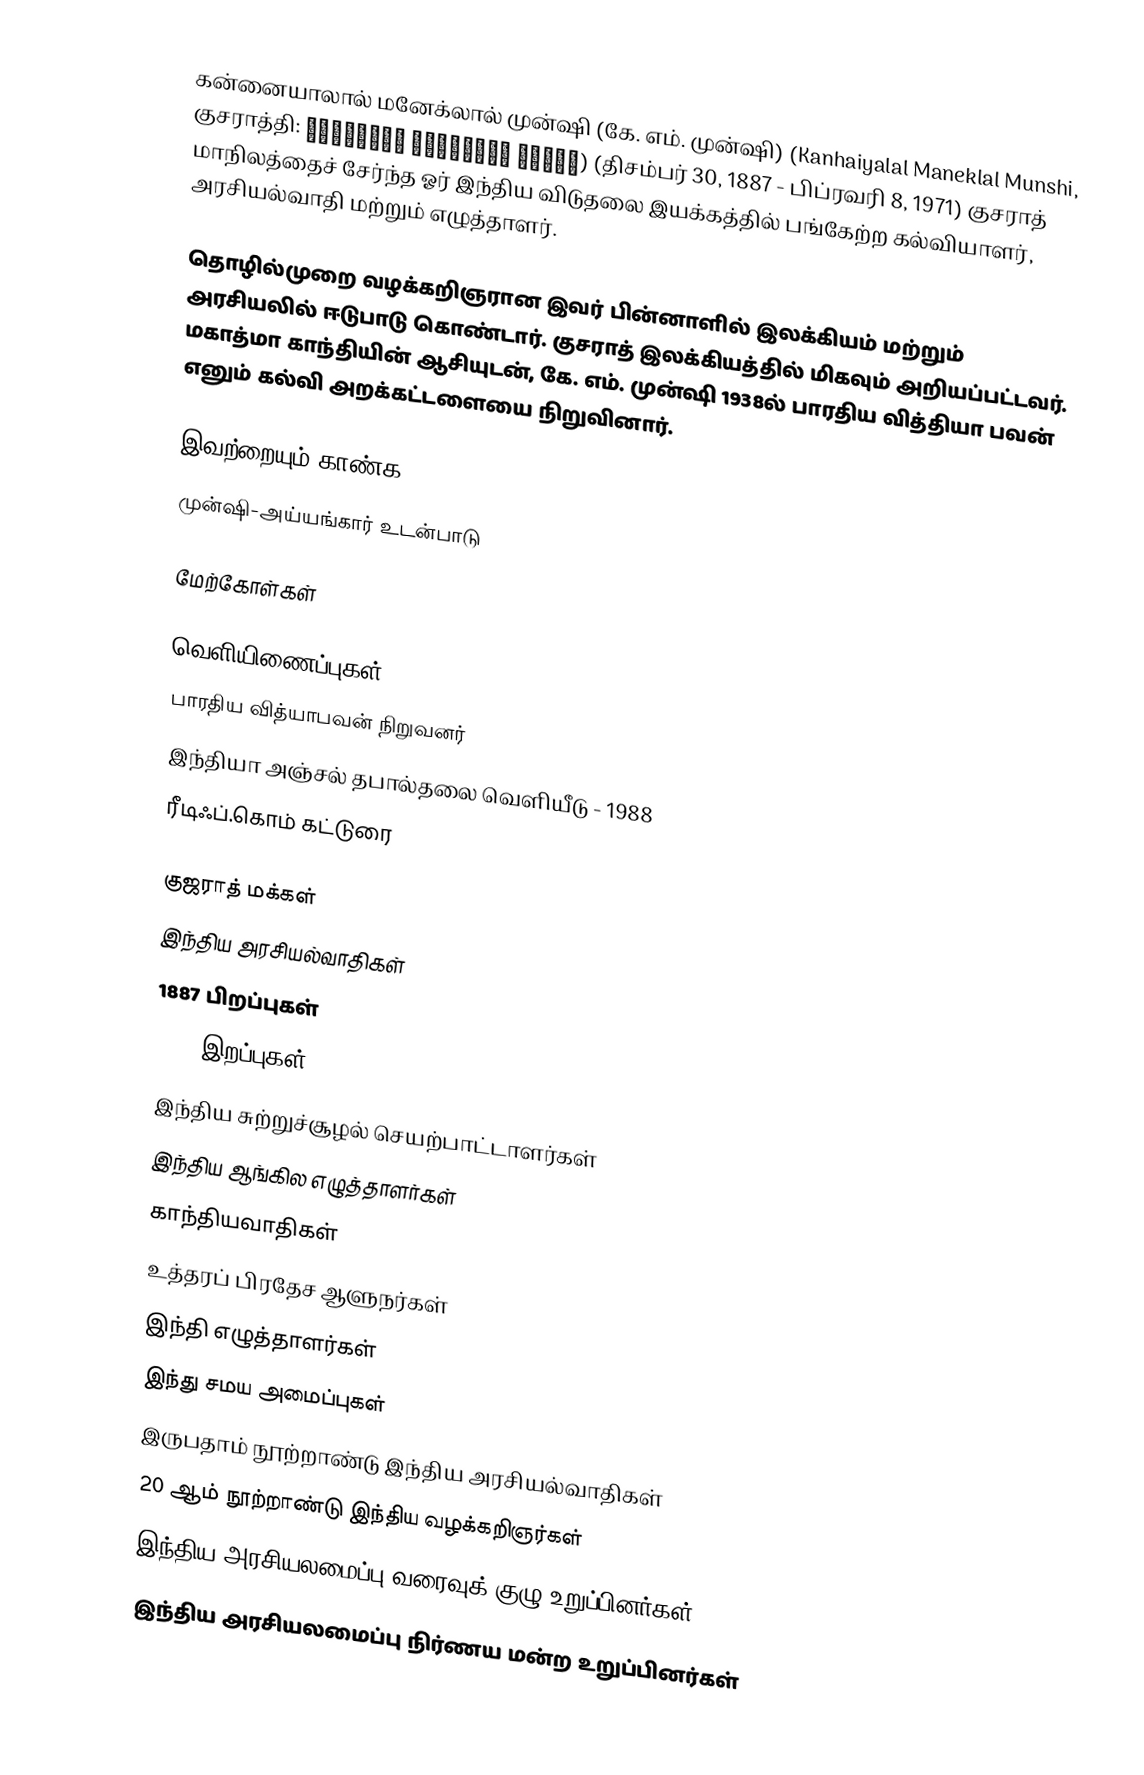
கன்னையாலால் மனேக்லால் முன்ஷி (கே. எம். முன்ஷி)  (Kanhaiyalal Maneklal Munshi, குசராத்தி: કનૈયાલાલ માણેકલાલ મુનશી) (திசம்பர் 30, 1887 - பிப்ரவரி 8, 1971) குசராத் மாநிலத்தைச் சேர்ந்த ஓர் இந்திய விடுதலை இயக்கத்தில் பங்கேற்ற கல்வியாளர், அரசியல்வாதி மற்றும் எழுத்தாளர்.

தொழில்முறை வழக்கறிஞரான இவர் பின்னாளில் இலக்கியம் மற்றும் அரசியலில் ஈடுபாடு கொண்டார். குசராத் இலக்கியத்தில் மிகவும் அறியப்பட்டவர்.  மகாத்மா காந்தியின் ஆசியுடன், கே. எம். முன்ஷி 1938ல் பாரதிய வித்தியா பவன் எனும் கல்வி அறக்கட்டளையை நிறுவினார்.

இவற்றையும் காண்க
 முன்ஷி-அய்யங்கார் உடன்பாடு

மேற்கோள்கள்

வெளியிணைப்புகள்
 பாரதிய வித்யாபவன் நிறுவனர்
 இந்தியா அஞ்சல் தபால்தலை வெளியீடு - 1988
 ரீடிஃப்.கொம் கட்டுரை

குஜராத் மக்கள்
இந்திய அரசியல்வாதிகள்
1887 பிறப்புகள்
1971 இறப்புகள்
இந்திய சுற்றுச்சூழல் செயற்பாட்டாளர்கள்
இந்திய ஆங்கில எழுத்தாளர்கள்
காந்தியவாதிகள்
உத்தரப் பிரதேச ஆளுநர்கள்
இந்தி எழுத்தாளர்கள்
இந்து சமய அமைப்புகள்
இருபதாம் நூற்றாண்டு இந்திய அரசியல்வாதிகள்
20 ஆம் நூற்றாண்டு இந்திய வழக்கறிஞர்கள்
இந்திய அரசியலமைப்பு வரைவுக் குழு உறுப்பினர்கள்
இந்திய அரசியலமைப்பு நிர்ணய மன்ற உறுப்பினர்கள்